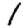
Digit: 1